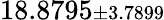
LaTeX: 18.8795{\scriptstyle\pm 3.7899}